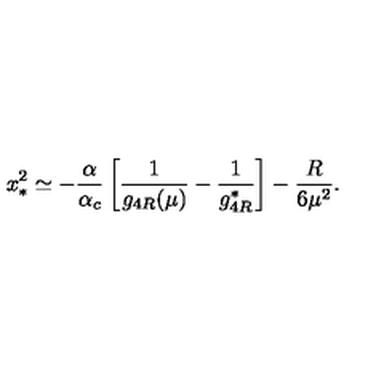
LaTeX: x _ { \ast } ^ { 2 } \simeq - { \frac { \alpha } { \alpha _ { c } } } \left[ { \frac { 1 } { g _ { 4 R } ( \mu ) } } - { \frac { 1 } { g _ { 4 R } ^ { \ast } } } \right] - { \frac { R } { 6 \mu ^ { 2 } } } .